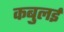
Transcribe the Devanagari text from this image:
कबुलई